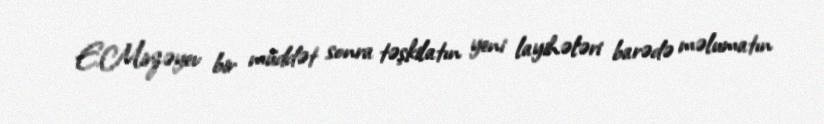
E.Mirzəyev bir müddət sonra təşkilatın yeni layihələri barədə məlumatın